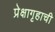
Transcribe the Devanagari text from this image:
प्रेक्षागृहाची